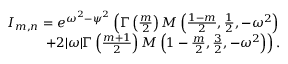
\begin{array} { r } { I _ { m , n } = e ^ { \omega ^ { 2 } - \psi ^ { 2 } } \left( \Gamma \left( \frac { m } { 2 } \right) M \left( \frac { 1 - m } { 2 } , \frac { 1 } { 2 } , - \omega ^ { 2 } \right) \right. } \\ { \left. + 2 | \omega | \Gamma \left( \frac { m + 1 } { 2 } \right) M \left( 1 - \frac { m } { 2 } , \frac { 3 } { 2 } , - \omega ^ { 2 } \right) \right) . } \end{array}